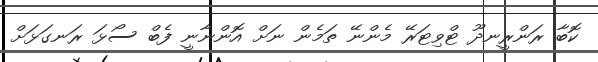
ކޮބާ ރަންރީނދޫ ޓްވިޓަރޭ މެންނޭ ތަމެން ނަށް އޮންނާނީ ފެބް ސޯޅަ ރަނގަޅަށް